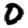
Digit: 0